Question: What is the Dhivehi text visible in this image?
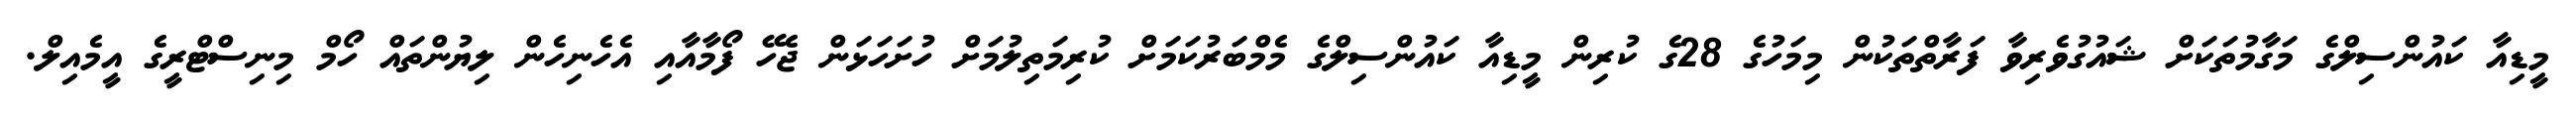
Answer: މީޑިއާ ކައުންސިލްގެ މަގާމުތަކަށް ޝައުގުވެރިވާ ފަރާތްތަކުން މިމަހުގެ 28ގެ ކުރިން މީޑިއާ ކައުންސިލްގެ މެމްބަރުކަމަށް ކުރިމަތިލުމަށް ހުށަހަޅަން ޖެހޭ ފޯމާއާއި އެހެނިހެން ލިޔުންތައް ހޯމް މިނިސްޓްރީގެ އީމެއިލް.